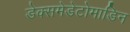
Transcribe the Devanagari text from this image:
डेक्समेडेटोमाडिन